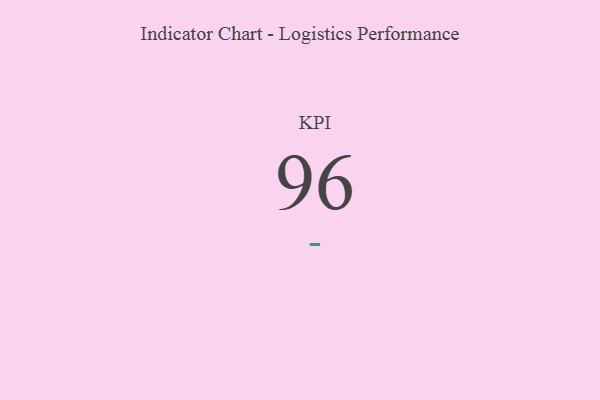
{"axis": {"x": "KPI", "y": "Value"}, "legend": [""], "data": [{"x": "KPI", "y": 96, "type": ""}]}